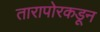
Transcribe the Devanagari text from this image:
तारापोरकडून